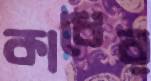
কাধের